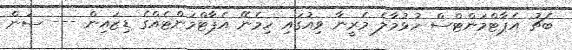
ބެޗު އެޕާޓްމަންޓްސް ހުޅުމާލެ މެރީނާ ވިއުގައި ހިމެނޭ އެޕާޓްމަންޓެއްގެ ޑިޒައިން --- ސަން